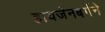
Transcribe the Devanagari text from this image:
हायजेनबर्गने